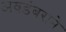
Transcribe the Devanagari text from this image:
अवडंबराने